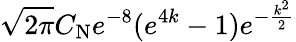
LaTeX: \sqrt{2\pi}C_{\mathrm{N}}e^{-8}(e^{4k}-1)e^{-\frac{k^{2}}{2}}